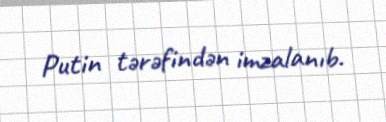
Putin tərəfindən imzalanıb.